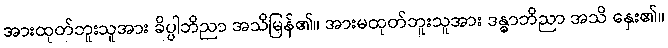
အားထုတ်ဘူးသူအား ခိပ္ပါဘိညာ အသိမြန်၏။ အားမထုတ်ဘူးသူအား ဒန္ဓာဘိညာ အသိ နှေး၏။